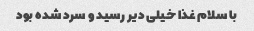
با سلام غذا خیلی دیر رسید و سرد شده بود